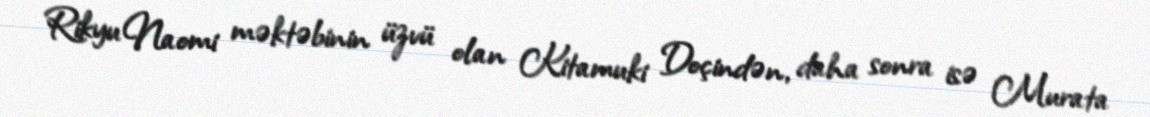
Rikyu Naomi məktəbinin üzvü olan Kitamuki Doçindən, daha sonra isə Murata